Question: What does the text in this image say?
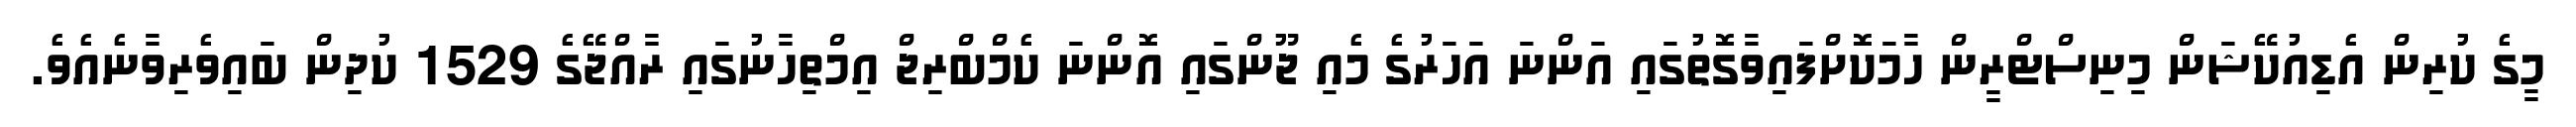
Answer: މީގެ ކުރިން އެޑިއުކޭޝަން މިނިސްޓްރީން ހާމަކޮށްފައިވާގޮތުގައި އަންނަ އަހަރުގެ މެއި ޖޫންގައި އޮންނަ ކެމްބްރިޖް އިމްތިހާނުގައި ރާއްޖޭގެ 1529 ކުދިން ބައިވެރިވާނެއެވެ.